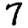
Digit: 7